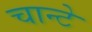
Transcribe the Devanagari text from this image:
चान्टे